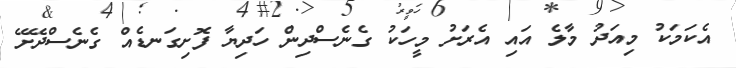
އެކަމަކު މިއަދު މާލެ އައި އެރަށު މީހަކު ގެނެސްދިން ހަދިޔާ ފޮށިގަނޑެއް ގެނެސްދޭށޭ